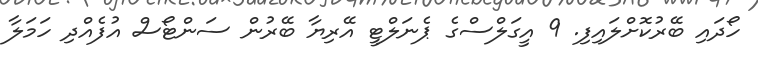
ހޯދައި ބޭރުކޮށްލައިފި. 9 އީގަލްސްގެ ޕެނަލްޓީ އޭރިޔާ ބޭރުން ސަންޓޯސް އުފެއްދި ހަމަލާ